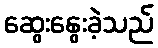
ဆွေးနွေးခဲ့သည်